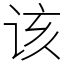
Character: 该